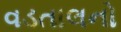
વડતાલનો